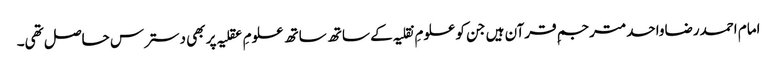
امام احمدرضاواحدمترجمِ قرآن ہیں جن کو علومِ نقلیہ کے ساتھ ساتھ علومِ عقلیہ پر بھی دسترس حاصل تھی۔